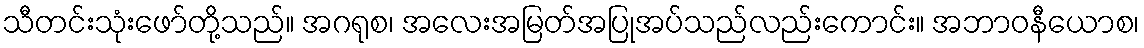
သီတင်းသုံးဖော်တို့သည်။ အဂရုစ၊ အလေးအမြတ်အပြုအပ်သည်လည်းကောင်း။ အဘာဝနီယောစ၊